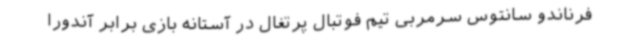
فرناندو سانتوس سرمربی تیم فوتبال پرتغال در آستانه بازی برابر آندورا